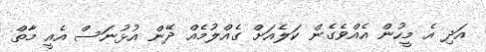
އަދި އެ މީހުން އެއްވެގެން ކަލެއަށް ގެއްލުމެއް ދޭން އުޅުނަސް އެއީ މާތް